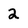
Character: 2